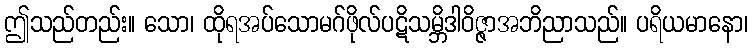
ဤသည်တည်း။ သော၊ ထိုရအပ်သောမဂ်ဖိုလ်ပဋိသမ္ဘိဒါဝိဇ္ဇာအဘိညာသည်။ ပရိယမာနော၊